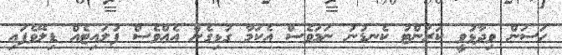
ހަސަން ވިދާޅުވީ ކަރަންޓު ކެނޑުނު ނަމަވެސް އެކަމާ ގުޅިގެން އެއްވެސް ފުލައިޓެއް ޑިލޭވެފައި